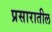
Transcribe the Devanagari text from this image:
प्रसारातील